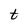
Character: t